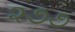
૨૭૭